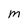
Character: m